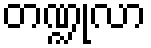
တဏ္ဍုလာ